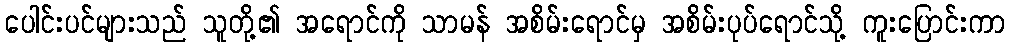
ပေါင်းပင်များသည် သူတို့၏ အရောင်ကို သာမန် အစိမ်းရောင်မှ အစိမ်းပုပ်ရောင်သို့ ကူးပြောင်းကာ